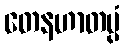
တေနဟာတပ္ပံ